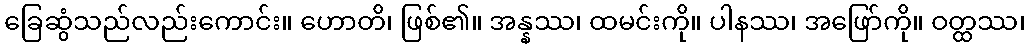
ခြေဆွံသည်လည်းကောင်း။ ဟောတိ၊ ဖြစ်၏။ အန္နဿ၊ ထမင်းကို။ ပါနဿ၊ အဖြော်ကို။ ဝတ္ထဿ၊